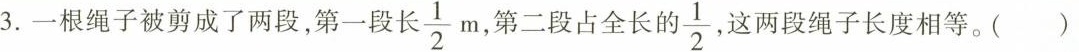
3.一根绳子被剪成了两段，第一段长 \frac{1}{2}m ，第二段占全长的 \frac{1}{2} ，这两段绳子长度相等。( )